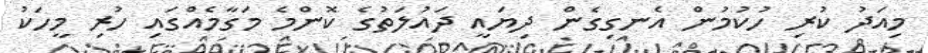
މިއަދު ކުރި ހުކުމުން އެނގިގެން ދިޔައީ ދައުލަތުގެ ކޮންމެ މަގާމެއްގައި ހުރި މީހަކު